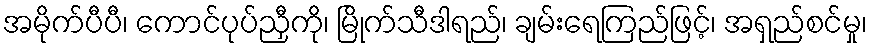
အမိုက်ပီပီ၊ ကောင်ပုပ်ညှီကို၊ မြိုက်သီဒါရည်၊ ချမ်းရေကြည်ဖြင့်၊ အရှည်စင်မှု၊